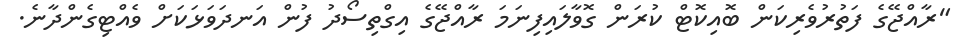
"ރާއްޖޭގެ ފަތުރުވެރިކަން ބޮއިކޮޓް ކުރަން ގޮވާލައިފިނަމަ ރާއްޖޭގެ އިގްތިސޯދު ފުން އަނދަވަޅަކަށް ވެއްޓިގެންދާނެ.